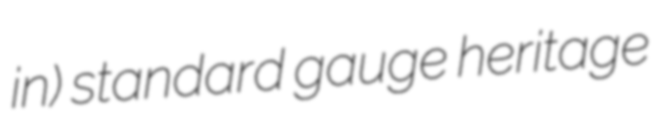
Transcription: in) standard gauge heritage